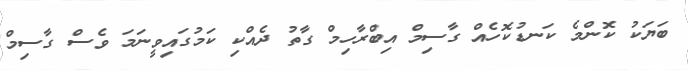
ބަޔަކު ކޮންމެ ކަނޑުކޮހެއް ގާސިމް އިބްރާހިމް ގާތު ދެއްކި ކަމުގައިވީނަމަ ވެސް ގާސިމް